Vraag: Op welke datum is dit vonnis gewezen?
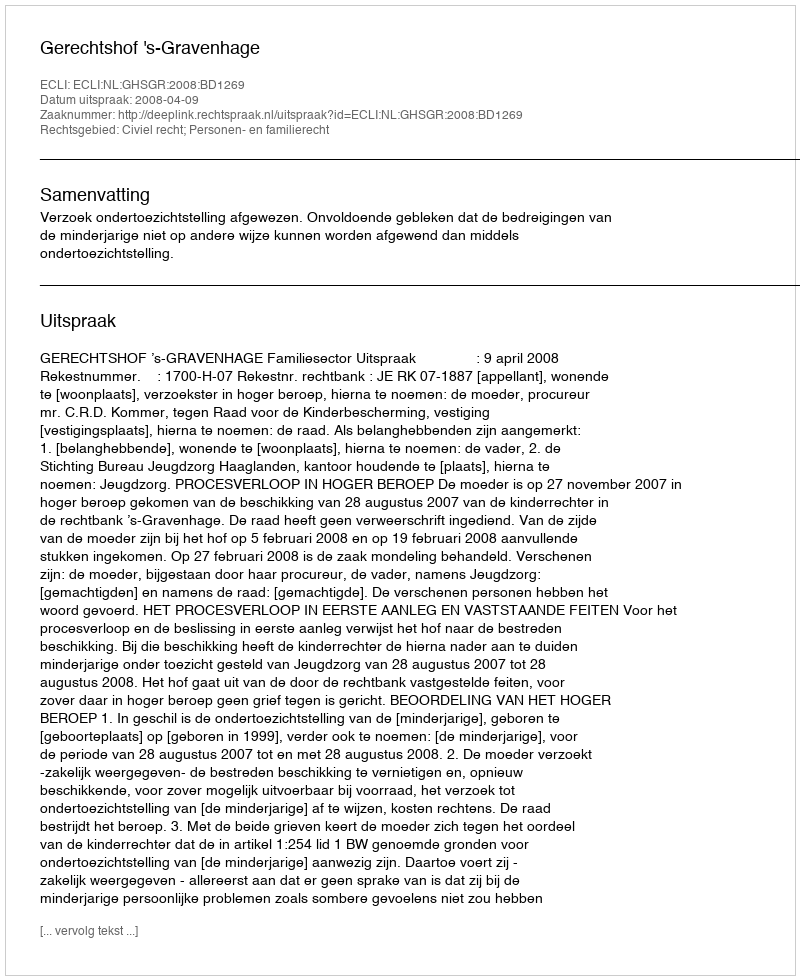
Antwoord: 2008-04-09